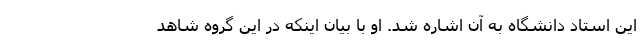
این استاد دانشگاه به آن اشاره شد. او با بیان اینکه در این گروه شاهد